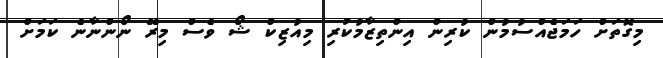
މިގޮތަށް ހަމަޖެއްސުމުން ކުރިން އިންތިޒާމުކުރި މިއުޒިކް ޝޯ ވެސް މިރޭ ނޯންނާނެ ކަމަށް